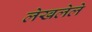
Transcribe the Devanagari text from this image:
लेखलेले